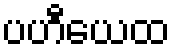
ပဟီယေထ